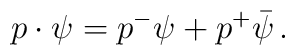
p\cdot\psi=p^-\psi+p^+\bar{\psi}\, .